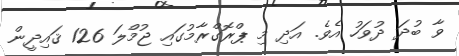
ވާ ބުދަ ދުވަހު އެވެ. އަދި މި ޕްރޮގްރާމުގައި ޖުމްލަ 126 ޤައިދީން